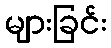
များခြင်း